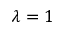
\lambda = 1